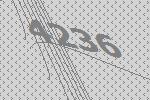
4236